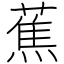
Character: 蕉